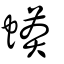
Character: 蟒